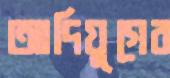
আদিযুগের